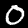
Label: 0